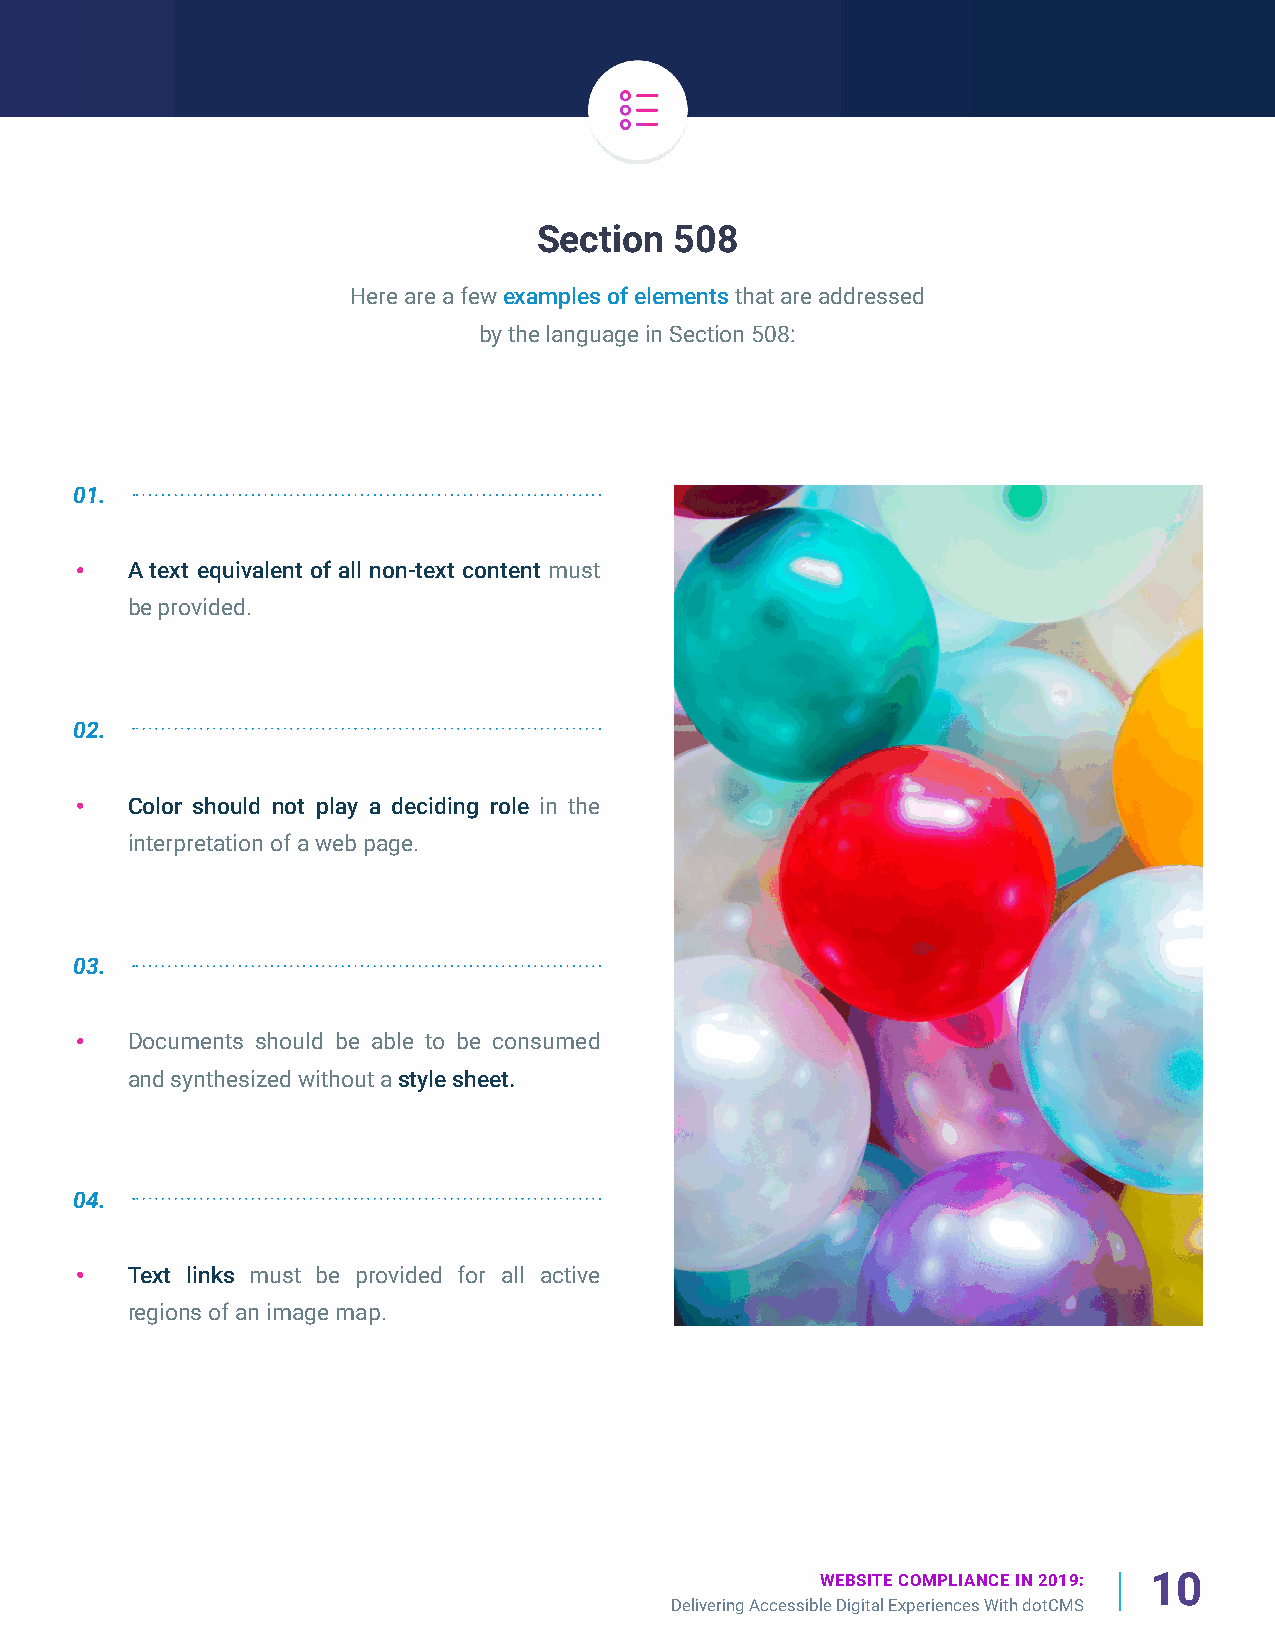
Section  508
 Here are a few examples of elements that are addressed
 by the language in Section 508:
 01.
 A text equivalent of all non-text content must
 be provided.
 02.
 Color should not play a deciding role in the
 interpretation of a web page.
 03.
 Documents should be able to be consumed
 and synthesized without a style sheet.
 04.
 Text links must be provided for all active
 regions of an image map.
 WEBSITE COMPLIANCE IN 2019: 10
 Delivering Accessible Digital Experiences With dotCMS